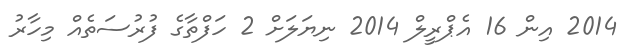
2014 އިން 16 އެޕްރީލް 2014 ނިޔަލަށް 2 ހަފްތާގެ ފުރުސަތެއް މިހާރު